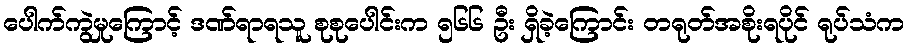
ပေါက်ကွဲမှုကြောင့် ဒဏ်ရာရသူ စုစုပေါင်းက ၅၆၆ ဦး ရှိခဲ့ကြောင်း တရုတ်အစိုးရပိုင် ရုပ်သံက